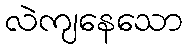
လဲကျနေသော